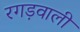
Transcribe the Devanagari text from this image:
रगड़वाली